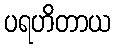
ပရဟိတာယ